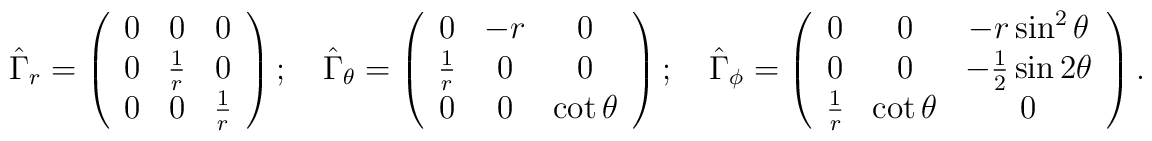
\hat{\Gamma}_r=\left(\begin{array}{ccc}0 & 0 & 0 \\0 & \frac 1r & 0 \\0 & 0 & \frac 1r\end{array}\right) ;\quad \hat{\Gamma}_\theta =\left(\begin{array}{ccc}0 & -r & 0 \\\frac 1r & 0 & 0 \\0 & 0 & \cot \theta\end{array}\right) ;\quad \hat{\Gamma}_\phi =\left(\begin{array}{ccc}0 & 0 & -r\sin ^2\theta \\0 & 0 & -\frac 12\sin 2\theta \\\frac 1r & \cot \theta & 0\end{array}\right) .